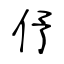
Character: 伃